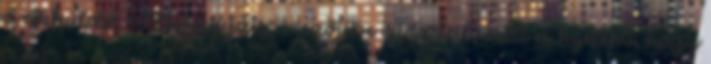
a cikküldő "Megjegyzés" mezőjébe írt tartalomért és kijelenti, hogy